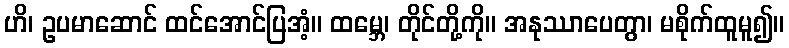
ဟိ၊ ဥပမာဆောင် ထင်အောင်ပြအံ့။ ထမ္ဘေ၊ တိုင်တို့ကို။ အနုဿာပေတွာ၊ မစိုက်ထူမူ၍။